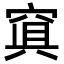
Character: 𥦴